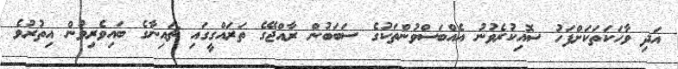
އަދި ވާހަކަތަކަށްފަހު ސޮއިކުރެވުނު އެއްބަސްވުންތަކުގެ ސަބަބުން ރާއްޖޭގެ ތަރައްގީގައި ޗައިނާގެ ބައިވެރިވުން އިތުރުވެ